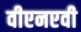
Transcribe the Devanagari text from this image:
वीएनएवी